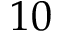
1 0